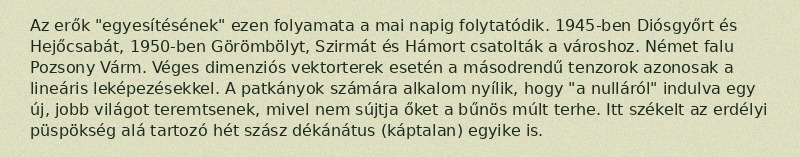
Az erők "egyesítésének" ezen folyamata a mai napig folytatódik. 1945-ben Diósgyőrt és Hejőcsabát, 1950-ben Görömbölyt, Szirmát és Hámort csatolták a városhoz. Német falu Pozsony Várm. Véges dimenziós vektorterek esetén a másodrendű tenzorok azonosak a lineáris leképezésekkel. A patkányok számára alkalom nyílik, hogy "a nulláról" indulva egy új, jobb világot teremtsenek, mivel nem sújtja őket a bűnös múlt terhe. Itt székelt az erdélyi püspökség alá tartozó hét szász dékánátus (káptalan) egyike is.